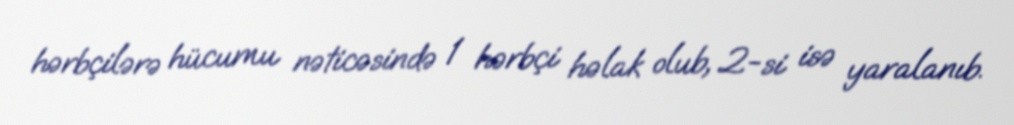
hərbçilərə hücumu nəticəsində 1 hərbçi həlak olub, 2-si isə yaralanıb.